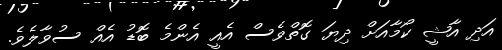
އަދި އާޝީ ކޯމާއަށް ދިޔަ ގޮތްވެސް އެއީ އެންމެ ބޮޑު އެއް ސުވާލެވެ.